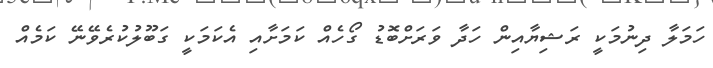
ހަމަލާ ދިނުމަކީ ރަޝިޔާއިން ހަދާ ވަރަށްބޮޑު ގޯހެއް ކަމަށާއި އެކަމަކީ ގަބޫލުކުރެވޭނޭ ކަމެއް